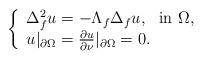
LaTeX: \begin{align*}\left\{\begin{array}{l}\Delta_f^2 u=-\Lambda_f \Delta_f u, \ \ {\rm in}\ \Omega,\\u|_{\partial \Omega}=\frac{\partial u}{\partial\nu}|_{\partial \Omega}=0.\end{array}\right.\end{align*}